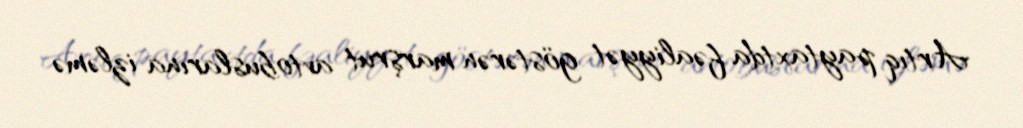
Artıq paytaxtda fəaliyyət göstərən marşrut avtobuslarına izləmə